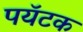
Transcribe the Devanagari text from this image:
पयॅटक